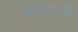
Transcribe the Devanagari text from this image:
मैकडाॅरमैंड